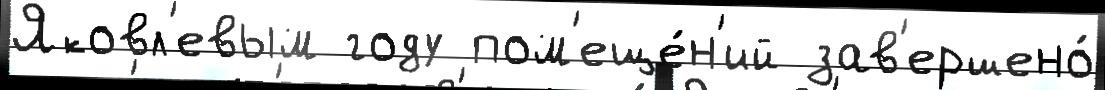
Яковл'евым году пом'еще́н'ий зав'ершено́